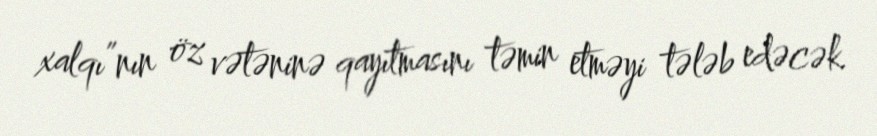
xalqı”nın öz vətəninə qayıtmasını təmin etməyi tələb edəcək.